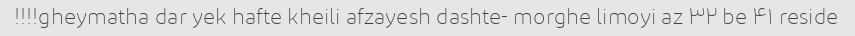
gheymatha dar yek hafte kheili afzayesh dashte- morghe limoyi az ۳۲ be ۴۱ reside!!!!